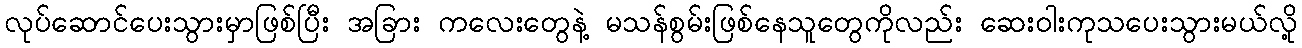
လုပ်ဆောင်ပေးသွားမှာဖြစ်ပြီး အခြား ကလေးတွေနဲ့ မသန်စွမ်းဖြစ်နေသူတွေကိုလည်း ဆေးဝါးကုသပေးသွားမယ်လို့